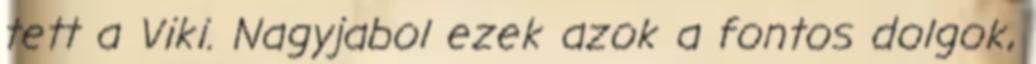
tett a Viki. Nagyjabol ezek azok a fontos dolgok,